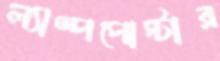
ল্যাম্পপোস্টার